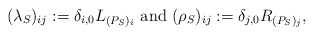
\begin{align*} (\lambda_{S})_{ij} := \delta_{i,0}L_{(P_S)_i} \mbox{ and } (\rho_{S})_{ij} := \delta_{j,0} R_{(P_S)_j}, \end{align*}